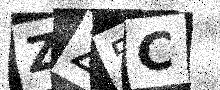
Text: ZZ5C